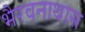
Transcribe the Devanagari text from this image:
भैरवनाथास